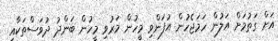
އަށް ގަތުމަށް އަލުން ހަމަޖެހުން އުފަންވި މީހުން މަރުވި މީހުން ބަންދު ދުވަސްތަކާއި